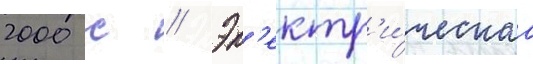
2000 с // Эл'ектр'и́ческаа